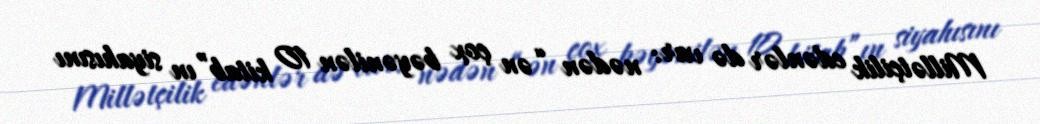
Millətçilik edənlər də var: nədən “ən çox bəyənilən 10 kitab”ın siyahısını